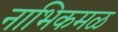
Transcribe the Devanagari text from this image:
नाभिकमळ